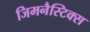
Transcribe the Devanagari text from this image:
जिमनैस्टिक्स